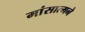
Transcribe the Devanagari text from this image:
मांसात्मने